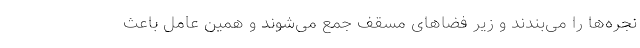
نجره‌ها را می‌بندند و زیر فضاهای مسقف جمع می‌شوند و همین عامل باعث